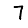
Digit: 7